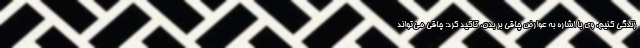
زندگی کنیم. وی با اشاره به عوارض چاقی بر بدن، تاکید کرد: چاقی می‌تواند